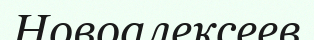
Новоалексеев